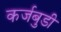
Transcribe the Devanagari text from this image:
कर्जबुडी